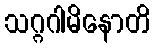
သဂ္ဂဂါမိနောတိ